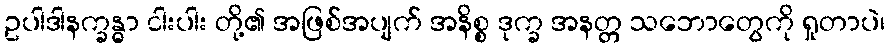
ဥပါဒါနက္ခန္ဓာ ငါးပါး တို့၏ အဖြစ်အပျက် အနိစ္စ ဒုက္ခ အနတ္တ သဘောတွေကို ရှုတာပဲ၊